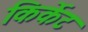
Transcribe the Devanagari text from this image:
किर्केट